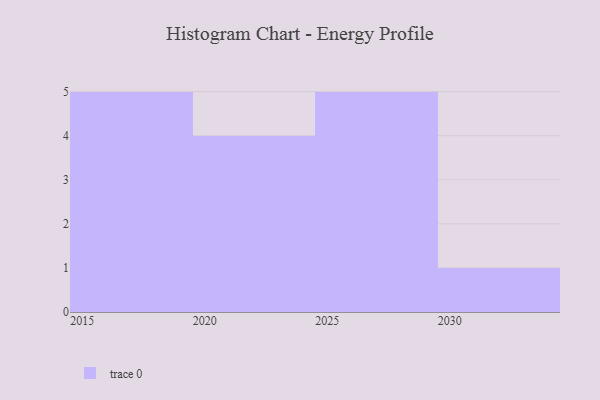
{"axis": {"x": "Year", "y": "Bounce Rate (%)"}, "legend": [""], "data": [{"x": "2025", "y": 97, "type": ""}, {"x": "2020", "y": 31, "type": ""}, {"x": "2030", "y": 85, "type": ""}, {"x": "2021", "y": 89, "type": ""}, {"x": "2022", "y": 18, "type": ""}, {"x": "2024", "y": 94, "type": ""}, {"x": "2029", "y": 87, "type": ""}, {"x": "2028", "y": 3, "type": ""}, {"x": "2018", "y": 48, "type": ""}, {"x": "2016", "y": 11, "type": ""}, {"x": "2026", "y": 75, "type": ""}, {"x": "2017", "y": 5, "type": ""}, {"x": "2027", "y": 43, "type": ""}, {"x": "2015", "y": 47, "type": ""}, {"x": "2019", "y": 6, "type": ""}]}